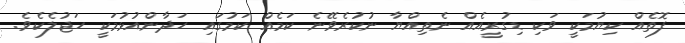
ފޮތެއް ކިޔުމަކީ ވަކި ޑިގުރީއެއް ނެތިއްޔާ ނުކުރެވޭނެ ކަމެއް ކަމުގައި ހަދާންއުޅުމަކީ ހަޖުލެކެވެ.